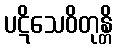
ပဋိသေဝိတုန္တိ